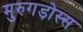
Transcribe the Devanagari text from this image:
मुरुगड़ोस्स